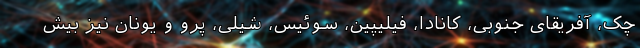
چک، آفریقای جنوبی، کانادا، فیلیپین، سوئیس، شیلی، پرو و یونان نیز بیش